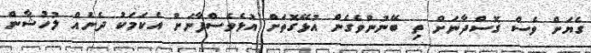
ގެޔަށް ވެސް ގޮސްދާނަށް ތި ބޭނުންވެގެން އުޅޭގޮތަށް އުޅެވެސްފާނަށް އެކަމަކު ދެނެއް ލުހުޝާން